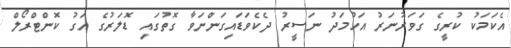
އެކަމަކު ކުރީގެ ގަވަރުނަރު އަހުމަދު ނަސީރު ދެކެވަޑައިގަންނަވާ ގޮތުގައި ޑޮލަރުގެ އަގު ކޮންޓްރޯލް